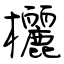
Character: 欐